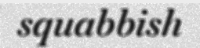
squabbish